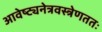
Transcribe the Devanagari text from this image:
आवेष्ट्यनेत्रवस्त्रेणततः